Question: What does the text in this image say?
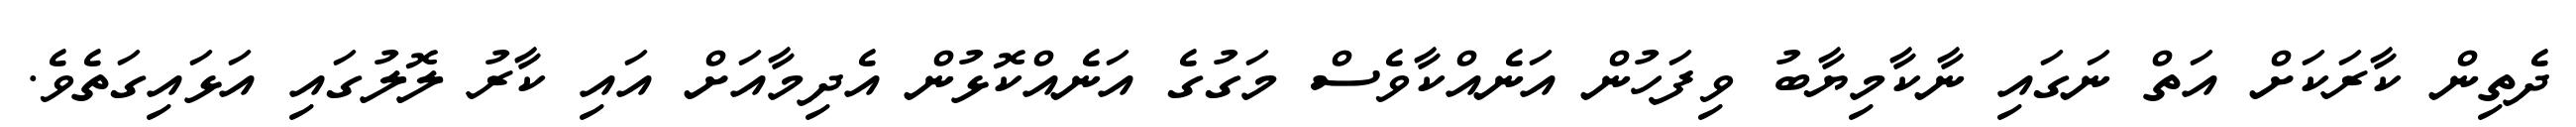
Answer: ދެތިން ކާރަކަށް އަތް ނަގައި ނާކާމިޔާބު ވިފަހުން އަނެއްކާވެސް މަގުގެ އަނެއްކޮޅުން އެދިމާއަށް އައި ކާރު ލޮލުގައި އަޅައިގަތެވެ.